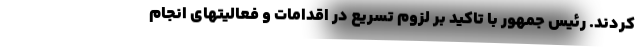
کردند. رئیس جمهور با تاکید بر لزوم تسریع در اقدامات و فعالیتهای انجام